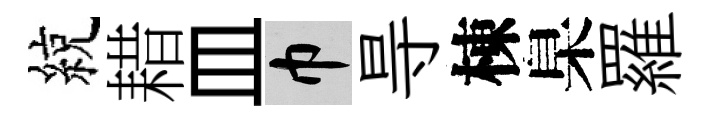
綂耤皿巾㝵棟臬羅